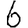
Digit: 6